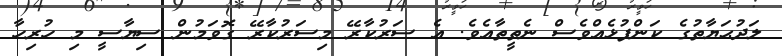
ލަދުޙަޔާތުގެ ކަންފުޅެއްވެސް ނެތީތާއެވެ. އެ ސަރުކާރޭ މިސަރުކާރޭ ގޮވަމުން ސިޔާސީ މި ހުރިހާ